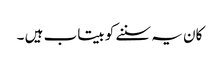
کان یہ سننے کو بیتاب ہیں ۔